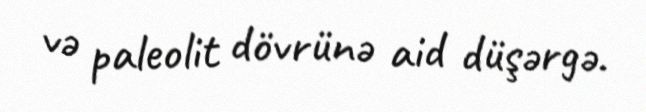
və paleolit dövrünə aid düşərgə.